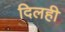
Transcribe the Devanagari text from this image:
दिलही